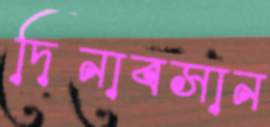
দিনাবসান